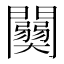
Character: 𨷊